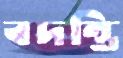
বদন্তি